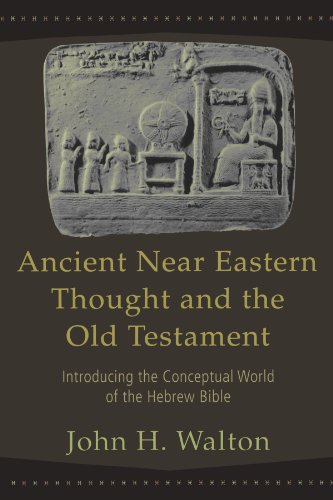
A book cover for Ancient Near Eastern Thought and the Old Testament: Introducing the Conceptual World of the Hebrew Bible; John H. Walton; Literature & Fiction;